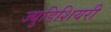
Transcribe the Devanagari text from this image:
ज्युडिशियरी